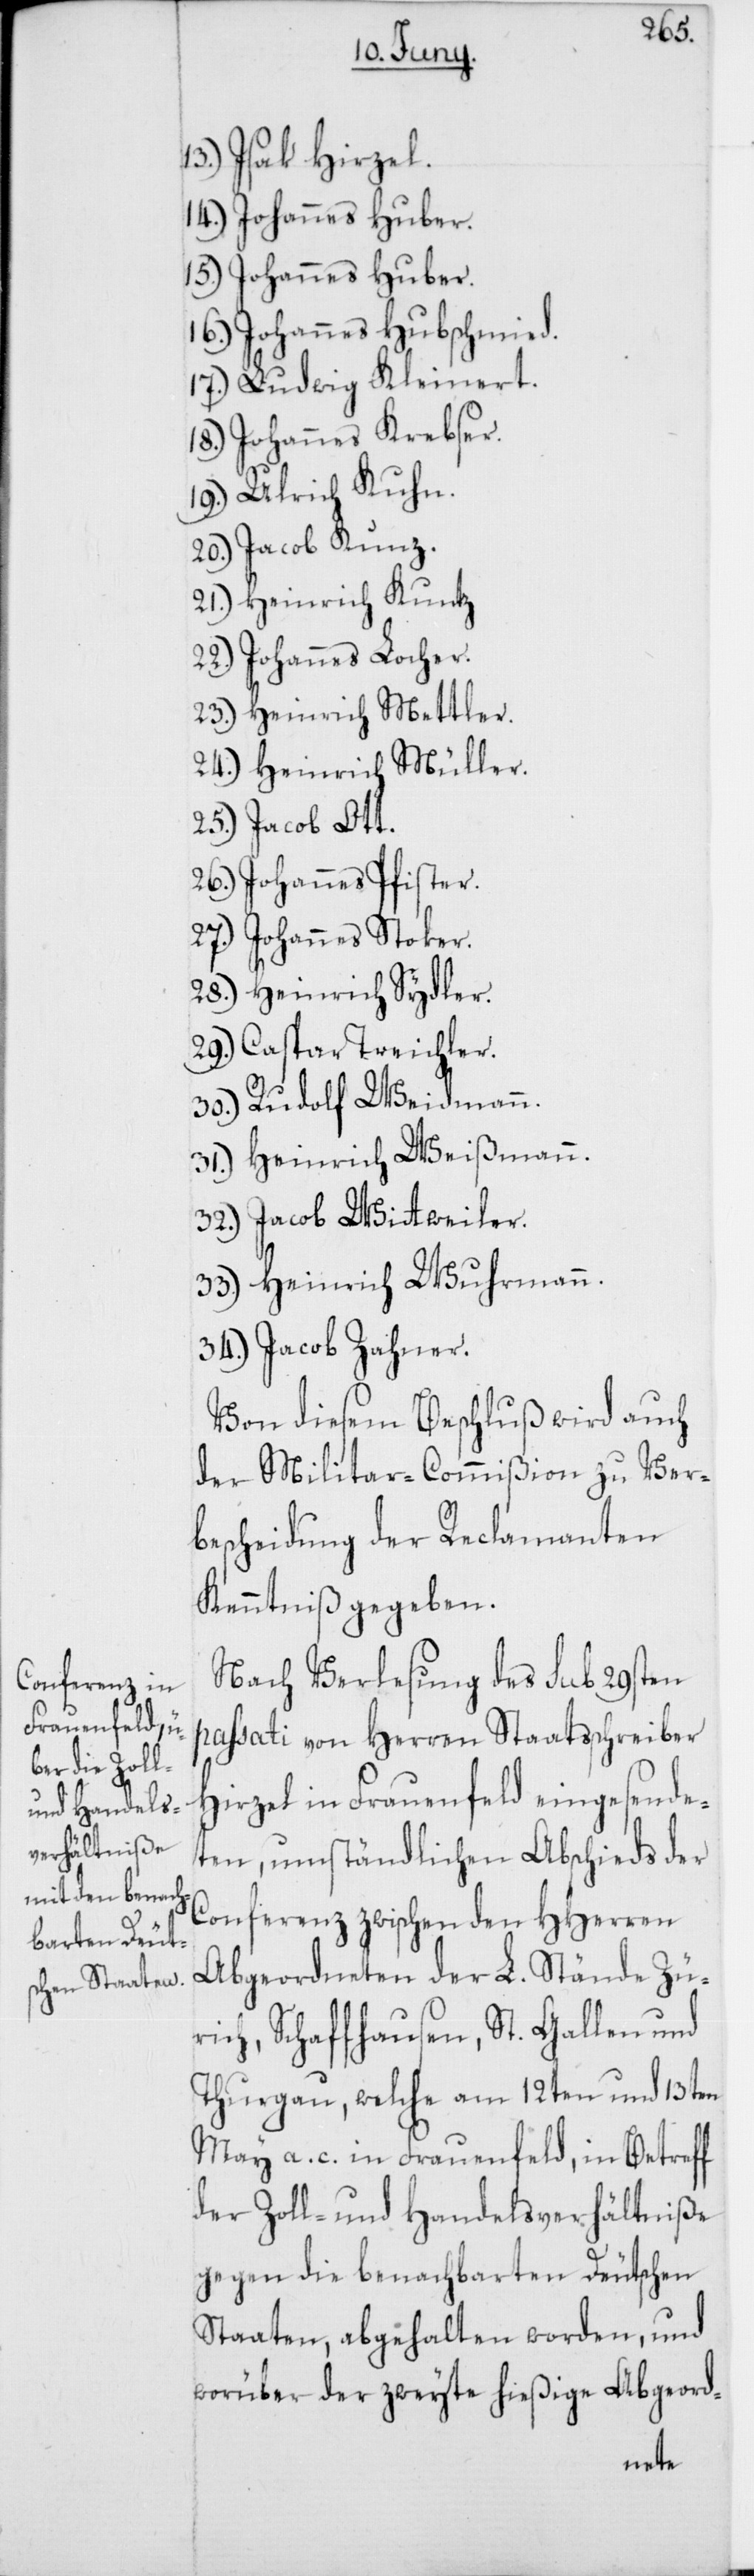
13.) Isak Hirzel.
14.) Johannes Huber.
15.) Johannes Huber.
16.) Johannes Hubschmied.
17.) Ludwig Kleinert.
18.) Johannes Krebser.
19.) Ulrich Kuhn.
20.) Jacob Kunz.
21.) Heinrich Kuntz.
22.) Johannes Locher.
23.) Heinrich Mettler.
24.) Heinrich Müller.
25.) Jacob Ott.
26.) Johannes Pfister.
27.) Johannes Stoker.
28.) Heinrich Sydler.
29.) Caspar Treichler.
30.) Rudolf Weidmann.
31.) Heinrich Weißmann.
32.) Jacob Witweiler.
33.) Heinrich Wuhrmann.
34.) Jacob Zahner.
Von diesem Beschluß wird auch
der Militar-Commißion zu Ver¬
bescheidung der Reclamanten
Kenntniß gegeben.
Nach Verlesung des sub 29sten
passati von Herren Staatsschreiber
Hirzel in Frauenfeld eingesende¬
ten umständlichen Abschieds der
Conferenz zwischen den HHerren
Abgeordneten der L. Stände Zü¬
rich, Schaffhausen, St. Gallen und
Thurgau, welche am 12ten und 13ten
May a. c. in Frauenfeld, in Betreff
der Zoll- und Handelsverhältniße
gegen die benachbarten Deutschen
Staaten, abgehalten worden, und
worüber der zweyte hießige Abgeord-